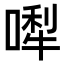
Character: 𠼐